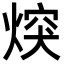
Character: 㷝